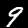
Digit: 9